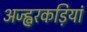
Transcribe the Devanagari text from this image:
अज्ह्वरकड़ियां